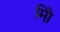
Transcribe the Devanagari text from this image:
मिो